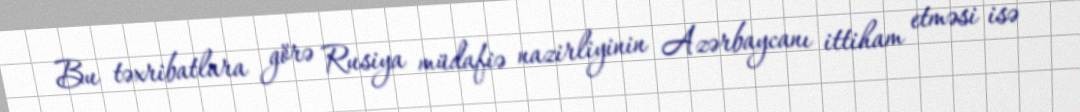
Bu təxribatlara görə Rusiya müdafiə nazirliyinin Azərbaycanı ittiham etməsi isə